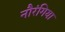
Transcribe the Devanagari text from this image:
नौरंगिया